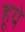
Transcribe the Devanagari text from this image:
हूये